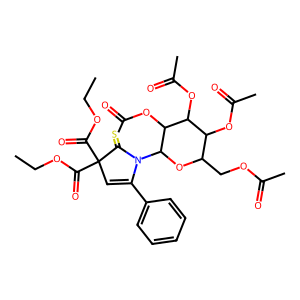
SMILES: CCOC(=O)C1(C(=O)OCC)C=C(c2ccccc2)N(C2OC(COC(C)=O)C(OC(C)=O)C(OC(C)=O)C2OC(C)=O)C1=S
Inhibits HIV replication: No